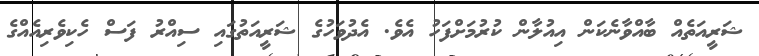
ޝަރީއަތެއް ބާއްވާނެކަން އިއުލާން ކުރުމަށްފަހު އެވެ. އެދުވަހުގެ ޝަރީއަތުގައި ސިއްރު ފަސް ހެކިވެރިއެއްގެ